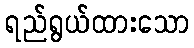
ရည်ရွယ်ထားသော